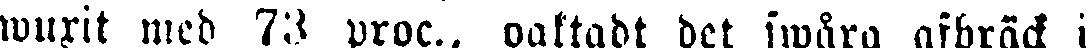
wurit med 73 proc., oaktadt det swåra afbräck i